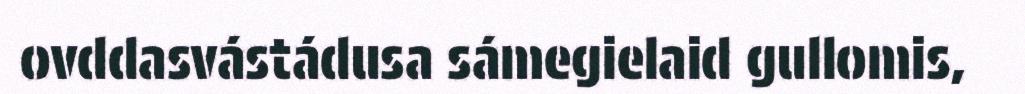
ovddasvástádusa sámegielaid gullomis,